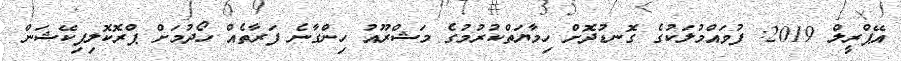
އޭޕްރީލް 2019: ފުވައްމުލަކުގެ ގޮނޑުދޮށް ހިމާޔަތްކުރުމުގެ މަޝްރޫއު ހިންގާނެ ފަރާތެއް ހޯދުމަށް ޕްރޮކޮލިފިކޭޝަން